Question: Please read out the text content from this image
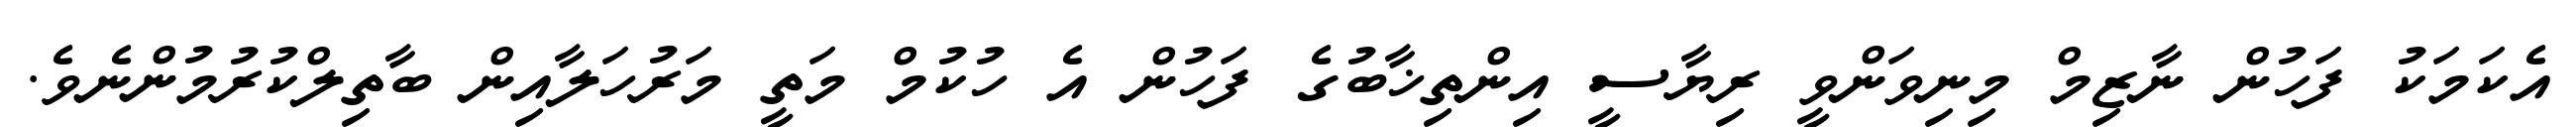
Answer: އެކަމަކު ފަހުން ނާޒިމް މިނިވަންވީ ރިޔާސީ އިންތިޚާބުގެ ފަހުން އެ ހުކުމް މަތީ މަރުހަލާއިން ބާތިލްކުރުމުންނެވެ.